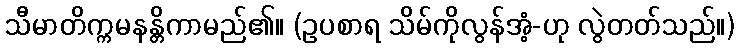
သီမာတိက္ကမနန္တိကာမည်၏။ (ဥပစာရ သိမ်ကိုလွန်အံ့-ဟု လွဲတတ်သည်။)